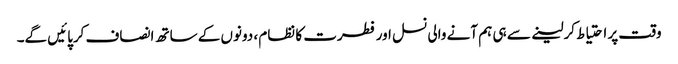
وقت پر احتیاط کرلینے سے ہی ہم آنے والی نسل اور فطرت کا نظام ، دونوں کے ساتھ انصاف کرپائیں گے۔